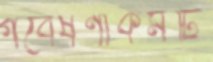
গবেষণাকর্মটি